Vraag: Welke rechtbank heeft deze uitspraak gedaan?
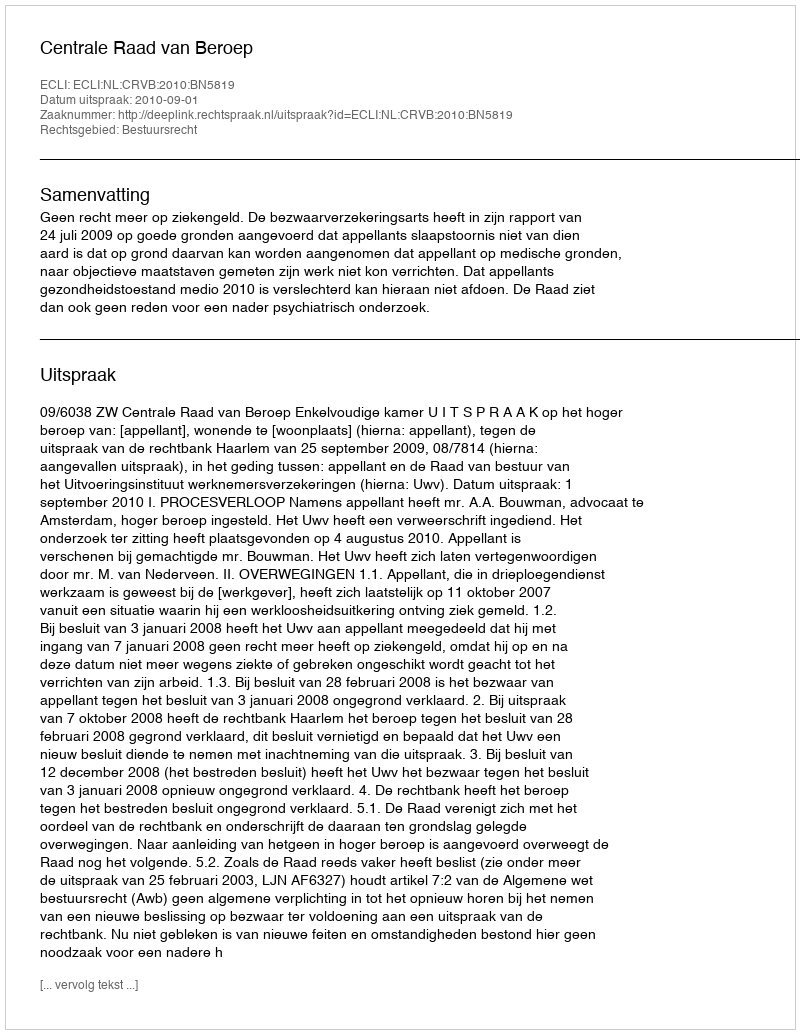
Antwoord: Centrale Raad van Beroep